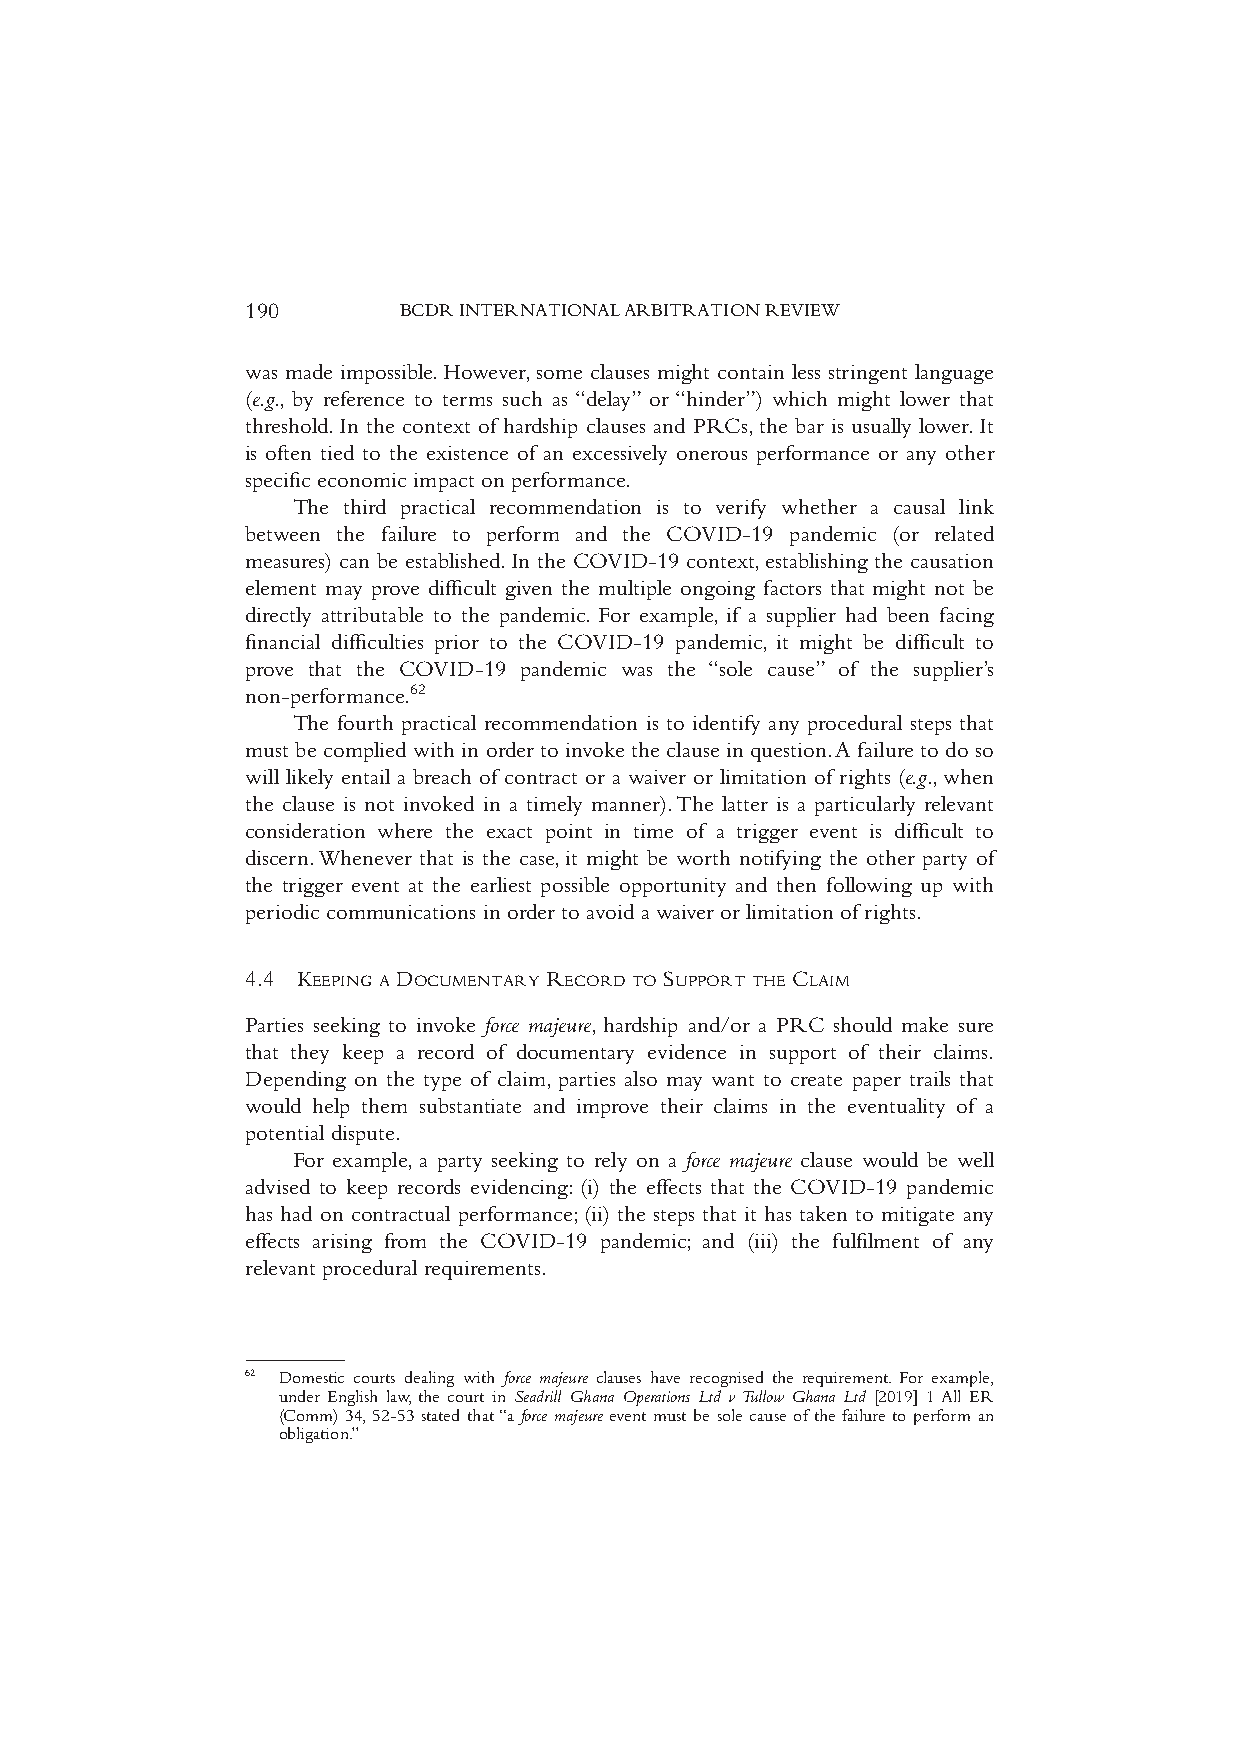
190       BCDRINTERNATIONALARBITRATIONREVIEW
 was made impossible.However,some clauses might contain less stringent language
 (e.g., by reference to terms such as “delay” or “hinder”) which might lower that
 threshold.In the context of hardship clauses and PRCs,the bar is usually lower.It
 is often tied to the existence of an excessively onerous performance or any other
 specific economic impact on performance.
 The third practical recommendation is to verify whether a causal link
 between the failure to perform and the COVID-19 pandemic (or related
 measures) can be established.In the COVID-19 context,establishing the causation
 element may prove difficult given the multiple ongoing factors that might not be
 directly attributable to the pandemic. For example, if a supplier had been facing
 financial difficulties prior to the COVID-19 pandemic, it might be difficult to
 prove that the COVID-19 pandemic was the “sole cause” of the supplier’s
 non-performance.62
 The fourth practical recommendation is to identify any procedural steps that
 must be complied with in order to invoke the clause in question.A failure to do so
 will likely entail a breach of contract or a waiver or limitation of rights (e.g.,when
 the clause is not invoked in a timely manner).The latter is a particularly relevant
 consideration where the exact point in time of a trigger event is difficult to
 discern.Whenever that is the case,it might be worth notifying the other party of
 the trigger event at the earliest possible opportunity and then following up with
 periodic communications in order to avoid a waiver or limitation of rights.
 4.4 KEEPING A DOCUMENTARY RECORD TO SUPPORT THE CLAIM
 Parties seeking to invoke force majeure, hardship and/or a PRC should make sure
 that they keep a record of documentary evidence in support of their claims.
 Depending on the type of claim,parties also may want to create paper trails that
 would help them substantiate and improve their claims in the eventuality of a
 potential dispute.
 For example,a party seeking to rely on a force majeure clause would be well
 advised to keep records evidencing: (i) the effects that the COVID-19 pandemic
 has had on contractual performance;(ii) the steps that it has taken to mitigate any
 effects arising from the COVID-19 pandemic; and (iii) the fulfilment of any
 relevant procedural requirements.
 62 Domestic courts dealing with force majeure clauses have recognised the requirement. For example,
 under English law,the court in Seadrill Ghana Operations Ltd vTullow Ghana Ltd [2019] 1All ER
 (Comm) 34,52-53 stated that“a force majeure event must be sole cause of the failure to perform an
 obligation.”